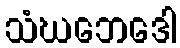
သံဃဘေဒေါ